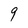
Character: 9